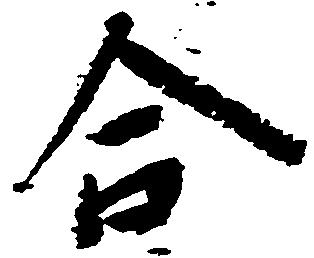
合